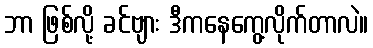
ဘာ ဖြစ်လို့ ခင်ဗျား ဒီကနေကွေ့လိုက်တာလဲ။